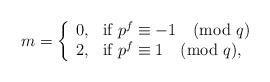
LaTeX: \begin{align*} m = \left\{ \begin{array}{ll} 0, & \textrm{if } p^f \equiv -1 \pmod{q} \\ 2, & \textrm{if } p^f \equiv 1 \pmod{q}, \end{array} \right. \end{align*}